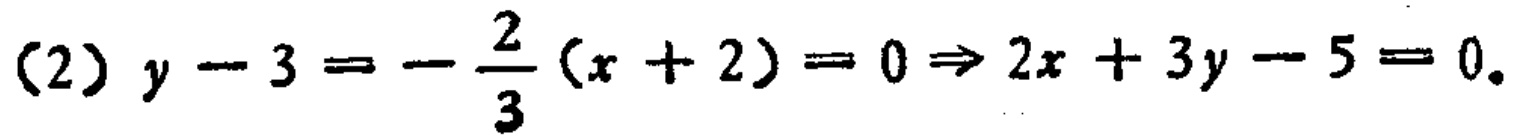
(2) \(y - 3 = -\frac{2}{3}(x + 2)=0\Rightarrow 2x + 3y - 5 = 0\).